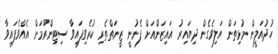
ހުދުއަލީން މުޅިތަން އަލިވެގެން ދިޔައިރު އައިޒަންއަށް ފެނުނީ ޒީނަތްތެރި ކުރެވިފައިވާ ސިޓިންރޫމަށް އެއްވެފައިވާ